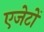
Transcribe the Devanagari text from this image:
एजेटों